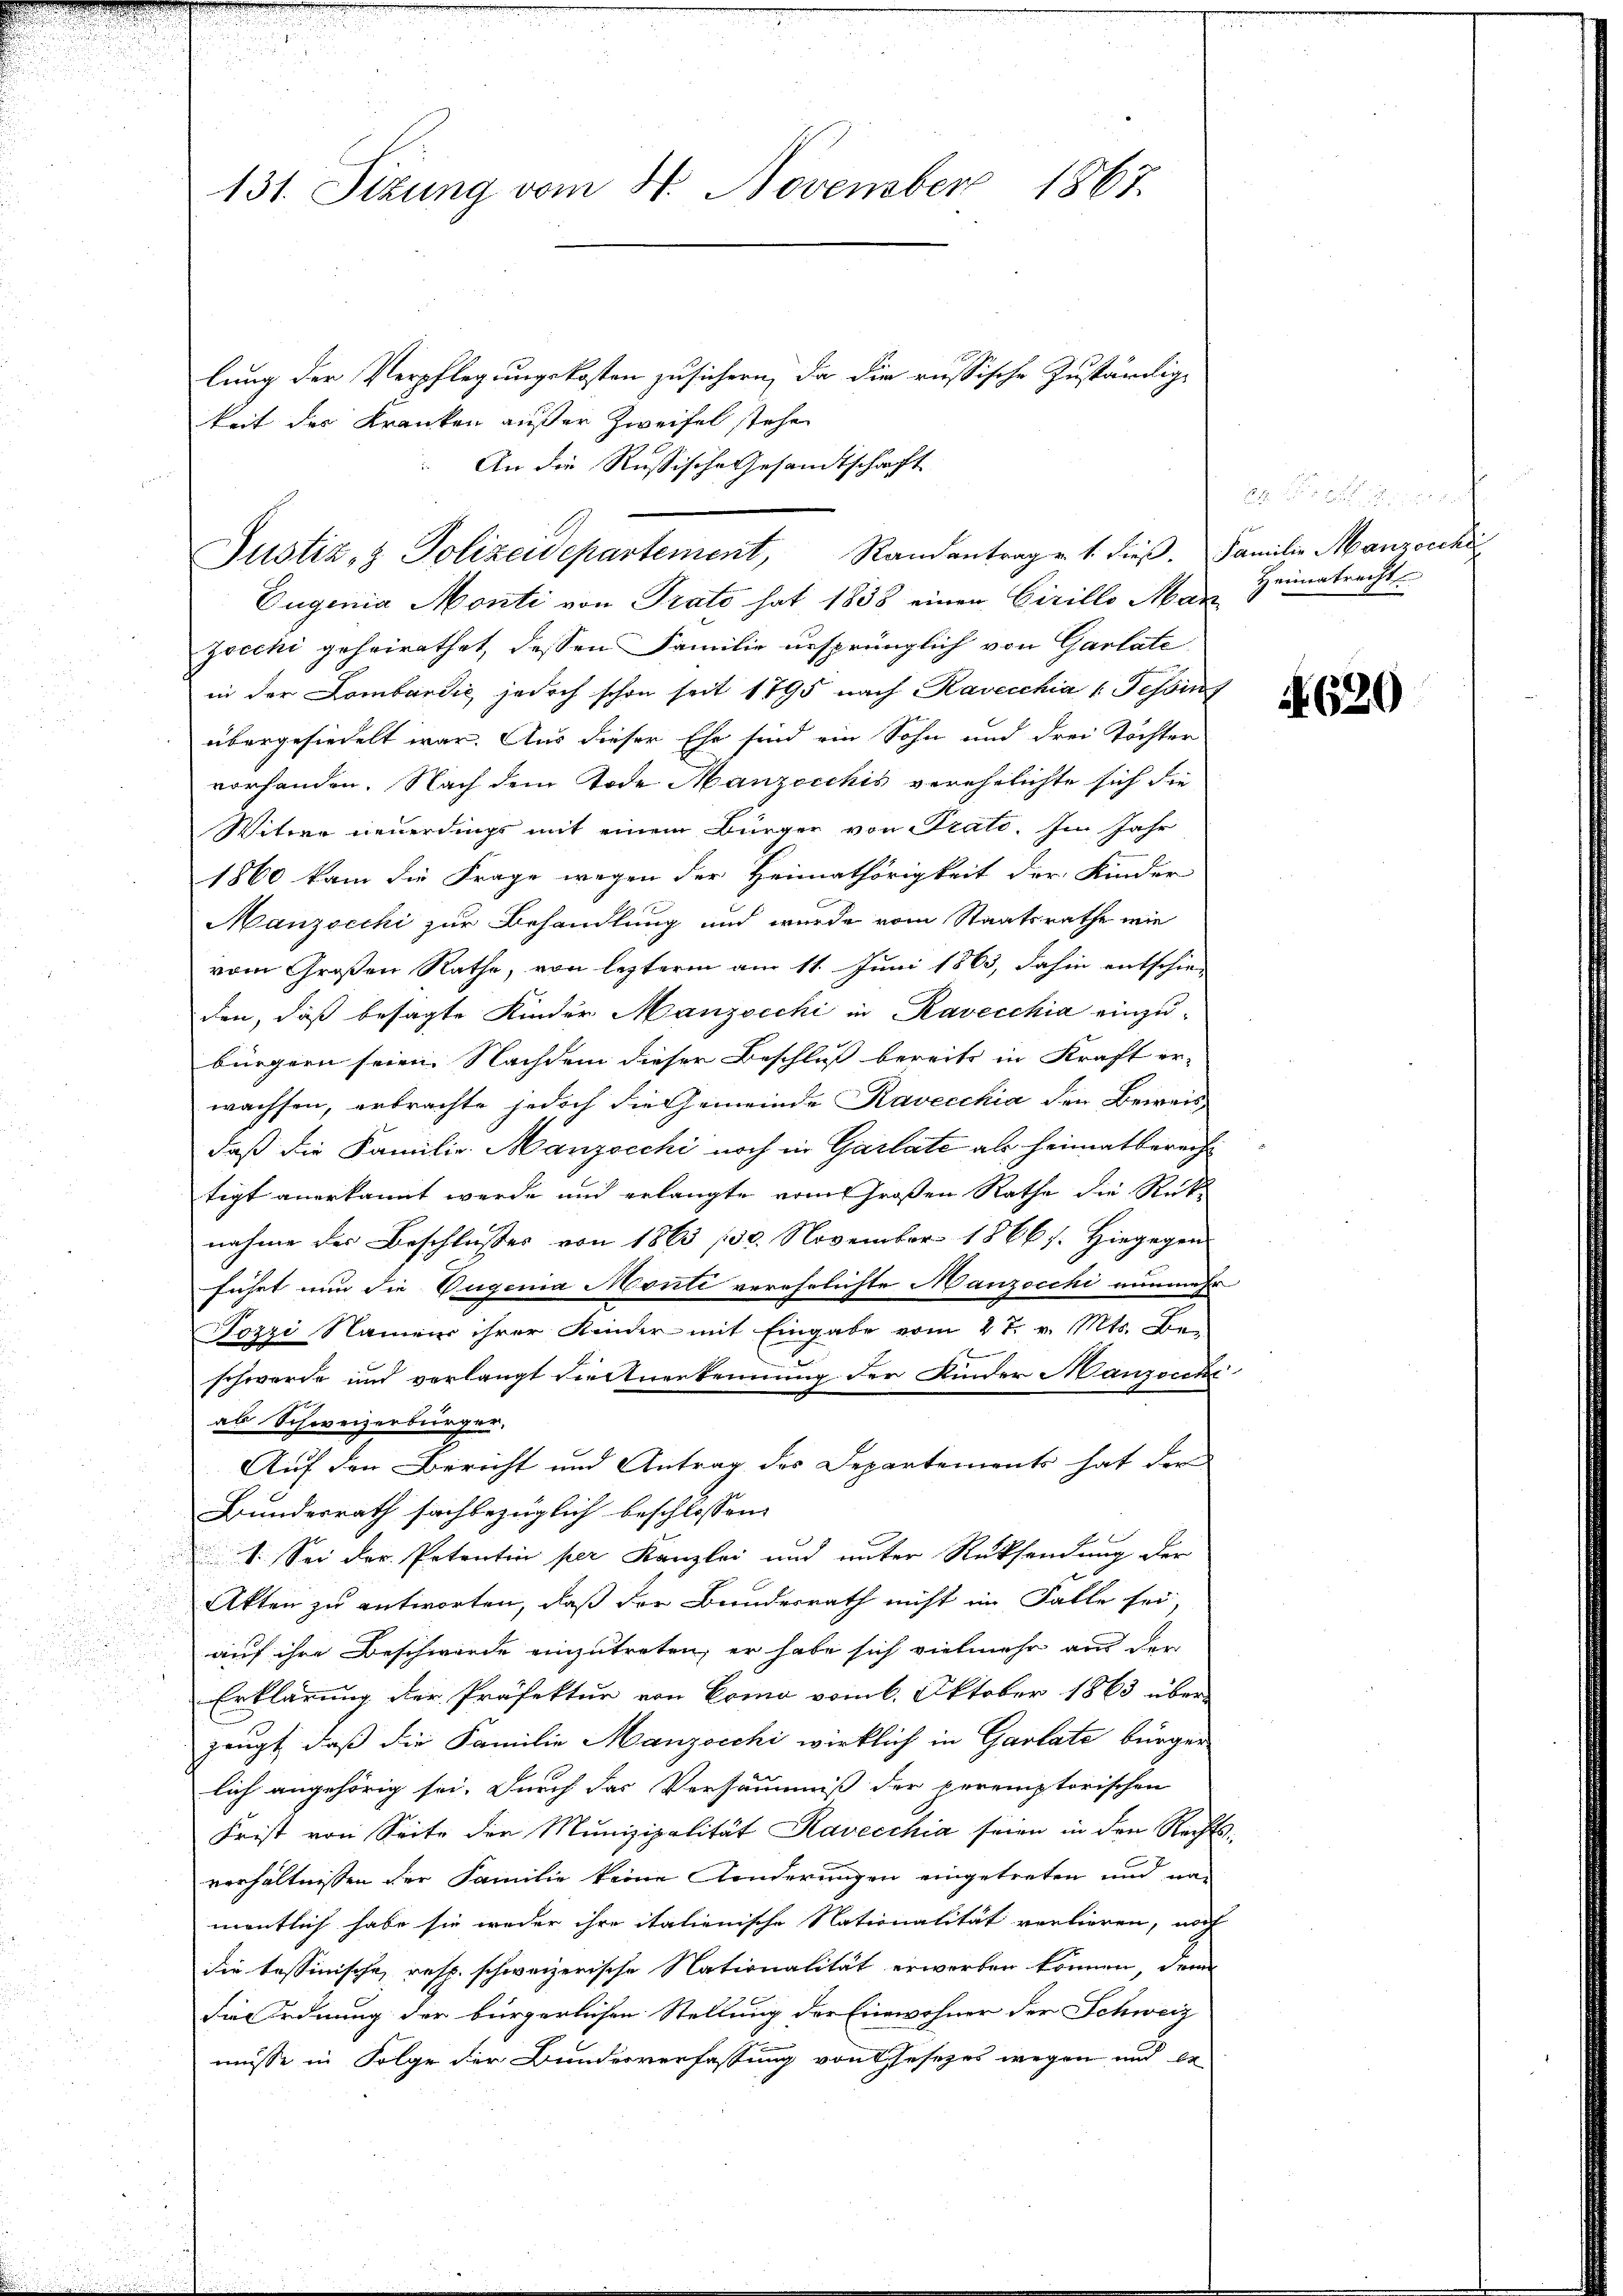
1867.
131. Sizung vom 8. November

Eugenia Monti von Prato hat 1838 einen Cirillo Man
zocchi geheirathet, dessen Familie ursprünglich von Garlate
in der Lombardić jedoch schon seit 1795 nach Ravecchia (Tessin
übergesiedelt war. Aus dieser Ehe sind ein Sohn und drei Töchter
vorhanden. Nach dem Tode Manzeichis verehelichte sich die
Witwe neuerdings mit einem Bürger von Prato. Im Jahr
1860 kam die Frage wegen der Heimathörigkeit der Kinder
Manzocchi zur Behandlung und wurde vom Staatsrathe wie
vom Großen Rathe, von lezterm am 11. Juni 1863, dahin entschie-
den, daß besagte Kinder Manzocchi in Ravecchia einzu-
bürgern seien. Nachdem dieser Beschluss bereits in Kraft er-
wachsen, erbrachte jedoch die Gemeinde Kavecchia den Beweis
daß die Familie. Manzocchi noch in Garlate als heimatbereicht
tigt anerkannt werde und erlangte vom Großen Rathe die Rück-
nahme des Beschlußes von 1863 130. November 1866 s. Hiegegen
führt nun die Dugenia Monte verehrlichte Manzocchi nunmehr
Jozzi Namen ihrer Kinder mit Eingabe vom 2t. v. Mts. Be-
7
schwerde und verlangt viertnerkennung der Kinder anzocchi
ab Schweizerbürger,
Auf den Bericht und Antrag des Departements hat der
Bundesrath sachbezüglich beschlossen:
V. Sei der Petentin per Kanzlei und unter Rücksendung der
Akten zu antworten, daß der Bundesrath nicht im Falle sei,
auf ihre Beschwerde einzutreten, er habe sich vielmehr aus der
Erklärung der Präfektur von Como vom 6. Oktober 1863 über
zeugt, daß die Familie Manzocchi wirklich in Gantate bürger
lich angehörig sei. Durch das Versäumniß der peremptorischen
Frist von Seite der Munizipalität Ravecchia seien in den Rechtsverhältnissen der Familie keine Kinderungen eingetreten und na-
mentlich habe sie weder ihre italienische Nationalität vorlieren, noch
die tessinische, resp. schweizerische Nationalität erwerben können, denn
die Ordnung der bürgerlichen Stellung der Einwohner der Schweiz
müsse in Folge der Bundesverfassung von Gesetzes wegen und er

lung der Verpflegungskosten zu sichern, da die russische Zuständige
keit der Kranken außer Zweifel stehe
An die Russische Gesandtschaft
Justiz- & Polizeidepartement, Randantrag v. 1. dieß. Familie Manzocchi

Heimatrecht

1

620